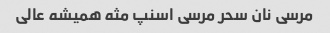
مرسی نان سحر مرسی اسنپ مثه همیشه عالی